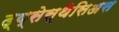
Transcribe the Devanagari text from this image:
द्य्सेस्थेसिअस